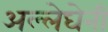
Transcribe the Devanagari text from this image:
अल्लेघेनी